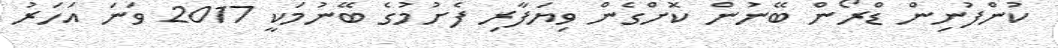
ކުންފުނިން ޑްރޯން ބޭނުން ކޮށްގެން ވިޔަފާރި ފެށުމުގެ ބޭނުމަކީ 2017 ވަނަ އަހަރު